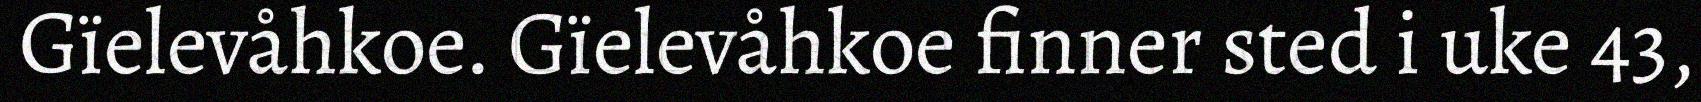
Gïelevåhkoe. Gïelevåhkoe finner sted i uke 43,